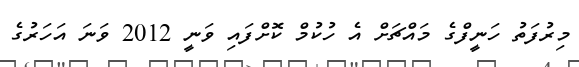
މިރުފަތު ހަނީފްގެ މައްޗަށް އެ ހުކުމް ކޮށްފައި ވަނީ 2012 ވަނަ އަހަރުގެ